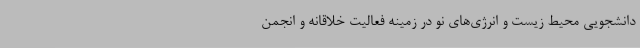
دانشجویی محیط زیست و انرژی‌های نو در زمینه فعالیت خلاقانه و انجمن